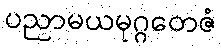
ပညာမယမုဂ္ဂတေဇံ